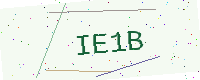
Text: IE1B